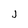
Character: J